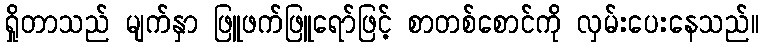
ရှိုတာသည် မျက်နှာ ဖြူဖက်ဖြူရော်ဖြင့် စာတစ်စောင်ကို လှမ်းပေးနေသည်။